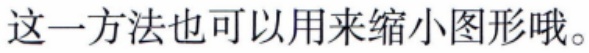
这一方法也可以用来缩小图形哦。